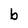
Character: b